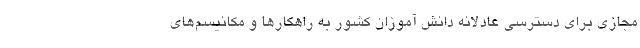
مجازی برای دسترسی عادلانه دانش آموزان کشور به راهکارها و مکانیسم‌‌های